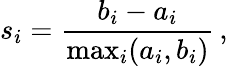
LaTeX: s_{i}=\frac{b_{i}-a_{i}}{\operatorname*{max}_{i}(a_{i},b_{i})}\, ,